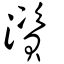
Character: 澬